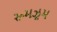
રૂમઝૂમ